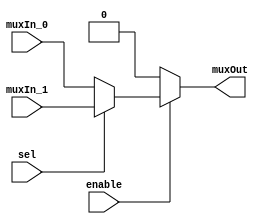
// This program was cloned from: https://github.com/RonnyA/nd-120
// License: MIT License

/******************************************************************************
 **                                                                          **
 ** Component : Multiplexer_2_w_enable                                       **
 **                                                                          **
 ** Refactored 03.12.2023 Ronny Hansen                                       **
 *****************************************************************************/
/* */

module Multiplexer_2_w_enable( input wire enable,
                      input wire muxIn_0,
                      input wire muxIn_1,                      
                      input wire sel,
                      output wire muxOut
                      );   
      assign muxOut = (enable == 1'b0) ? 1'b0 : (sel ? muxIn_1 : muxIn_0);
endmodule